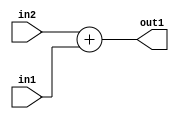
`timescale 1ps / 1ps
/*****************************************************************************
    Verilog RTL Description
    
    
    Created by: Stratus DpOpt 2019.1.01 
*******************************************************************************/

module GaussFilter_Add_64Ux64U_64U_4 (
	in2,
	in1,
	out1
	); /* architecture "behavioural" */ 
input [63:0] in2,
	in1;
output [63:0] out1;
wire [63:0] asc001;

assign asc001 = 
	+(in2)
	+(in1);

assign out1 = asc001;
endmodule

/* CADENCE  urn5Tgk= : u9/ySgnWtBlWxVPRXgAZ4Og= ** DO NOT EDIT THIS LINE ******/